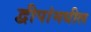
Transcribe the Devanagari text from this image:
द्वीपांमधील